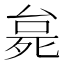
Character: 𬆗